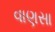
વાણસા